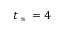
t _ { \textrm { s } } = 4